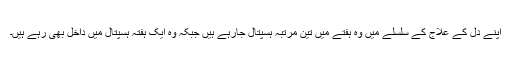
اپنے دل کے علاج کے سلسلے میں وہ ہفتے میں تین مرتبہ ہسپتال جارہے ہیں جبکہ وہ ایک ہفتہ ہسپتال میں داخل بھی رہے ہیں۔